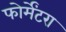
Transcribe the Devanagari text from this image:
फोर्मेंटरा